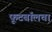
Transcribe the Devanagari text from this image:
फूटबॉलचा